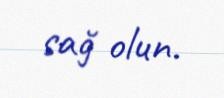
sağ olun.